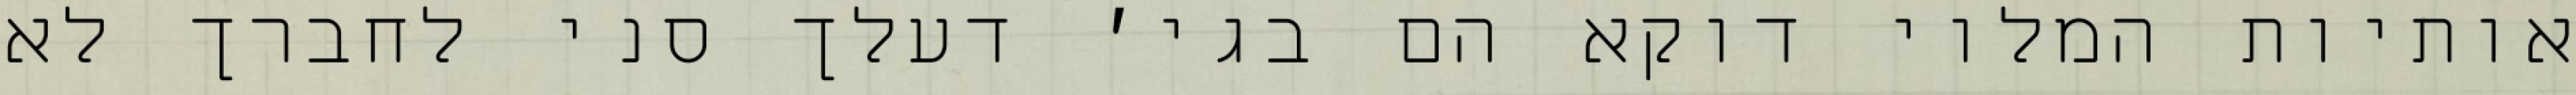
אותיות המלוי דוקא הם בגי׳ דעלך סני לחברך לא